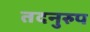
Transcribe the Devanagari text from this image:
तदनुरुप